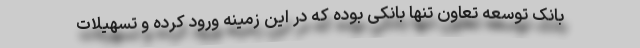
بانک توسعه تعاون تنها بانکی بوده که در این زمینه ورود کرده و تسهیلات